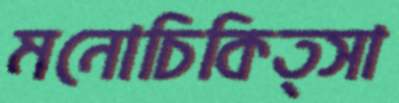
মনোচিকিত্সা